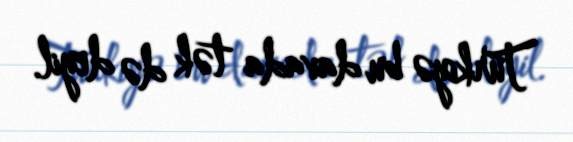
Türkiyə bu davada tək də deyil.